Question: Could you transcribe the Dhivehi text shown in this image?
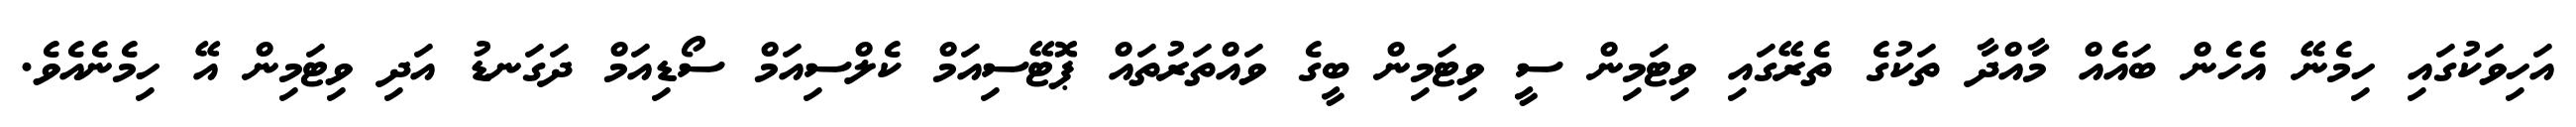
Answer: އަހިވަކުގައި ހިމެނޭ އެހެން ބައެއް މާއްދާ ތަކުގެ ތެރޭގައި ވިޓަމިން ސީ ވިޓަމިން ބީގެ ވައްތަރުތައް ޕޮޓޭސިއަމް ކެލްސިއަމް ސޯޑިއަމް ދަގަނޑު އަދި ވިޓަމިން އޭ ހިމެނެއެވެ.